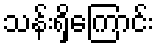
သန်းရှိကြောင်း